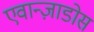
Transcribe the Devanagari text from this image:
एवान्ज़ाडोस